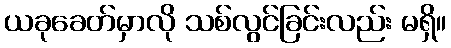
ယခုခေတ်မှာလို သစ်လွင်ခြင်းလည်း မရှိ။